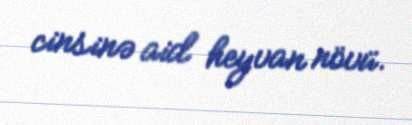
cinsinə aid heyvan növü.